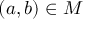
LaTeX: ( a , b ) \in M